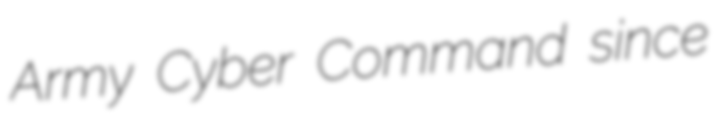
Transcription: Army Cyber Command since